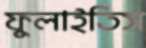
ফুলাইতিস